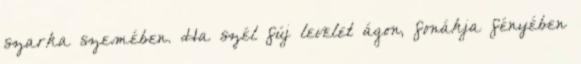
szarka szemében. Ha szél fúj levelet ágon, fonákja fényében